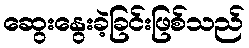
ဆွေးနွေးခဲ့ခြင်းဖြစ်သည်